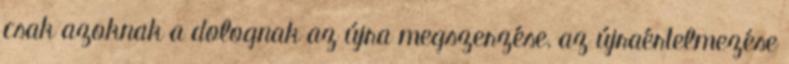
csak azoknak a dolognak az újra megszerzése, az újraértelmezése